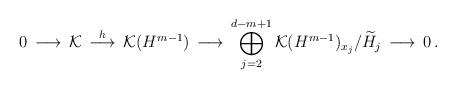
LaTeX: \begin{align*}0\,\longrightarrow\, {\mathcal K}\, \stackrel{h}{\longrightarrow}\,{\mathcal K}(H^{m-1}) \, \longrightarrow\,\bigoplus_{j=2}^{d-m+1} {\mathcal K}(H^{m-1})_{x_j}/\widetilde{H}_j\,\longrightarrow\, 0\, .\end{align*}